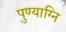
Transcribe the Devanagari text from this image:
पुण्याग्नि